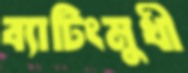
ব্যাটিংমুখী